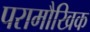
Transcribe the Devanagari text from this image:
परामौखिक